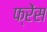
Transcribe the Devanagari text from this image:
फ्रेंस